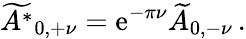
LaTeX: \widetilde{A^{*}}_{0,+\nu}=\mathrm{e}^{-\pi\nu}\widetilde{A}_{0,-\nu}\, .